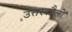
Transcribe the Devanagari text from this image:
उत्तरकौलों